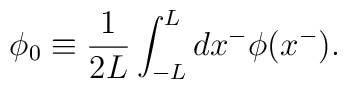
\phi_0 \equiv \frac{1}{2L} \int_{-L}^L dx^- \phi(x^-).